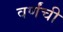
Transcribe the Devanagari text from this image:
वर्णंची